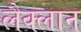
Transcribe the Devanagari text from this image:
लैक्लान